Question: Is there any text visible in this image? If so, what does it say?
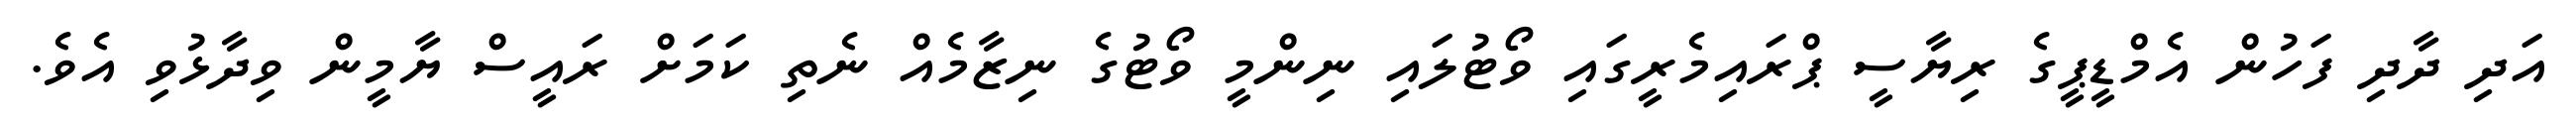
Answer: އަދި ދާދި ފަހުން އެމްޑީޕީގެ ރިޔާސީ ޕްރައިމެރީގައި ވޯޓުލައި ނިންމީ ވޯޓުގެ ނިޒާމެއް ނެތި ކަމަށް ރައީސް ޔާމީން ވިދާޅުވި އެވެ.